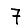
Digit: 7